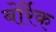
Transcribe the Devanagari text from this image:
बोर्रेक